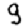
Digit: 9